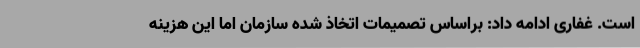
است. غفاری ادامه داد: براساس تصمیمات اتخاذ شده سازمان اما این هزینه